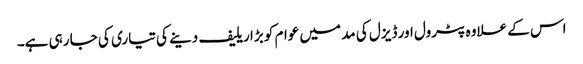
اس کے علاوہ پٹرول اور ڈیزل کی مد میں عوام کو بڑا ریلیف دینے کی تیاری کی جا رہی ہے۔